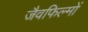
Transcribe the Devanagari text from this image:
जैवफिल्मों